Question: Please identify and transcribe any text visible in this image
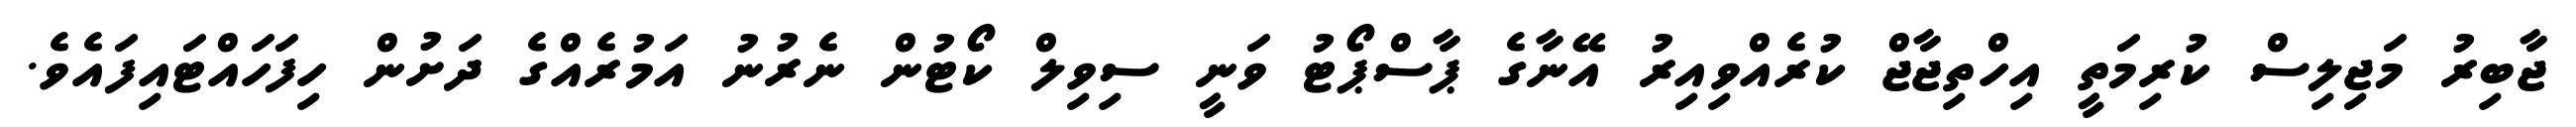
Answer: ޖާބިރު މަޖިލިސް ކުރިމަތީ އިހްތިޖާޖް ކުރެއްވިއިރު އޭނާގެ ޕާސްޕޯޓު ވަނީ ސިވިލް ކޯޓުން ނެރުނު އަމުރެއްގެ ދަށުން ހިފަހައްޓައިފައެވެ.